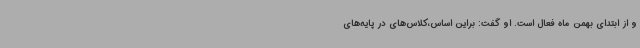
و از ابتدای بهمن ماه فعال است. او گفت: براین اساس،کلاس‌های در پایه‌های